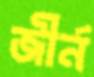
জীর্ন